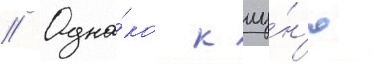
// Одна́ко к иу́н'ю